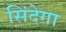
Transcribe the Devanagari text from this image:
सिंदेगा